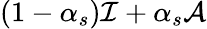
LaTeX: (1-\alpha_{s})\mathcal{I}+\alpha_{s}\mathcal{A}